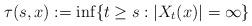
LaTeX: \begin{align*}\tau(s,x):=\inf\{t\geq s: |X_t(x)|=\infty\}\end{align*}